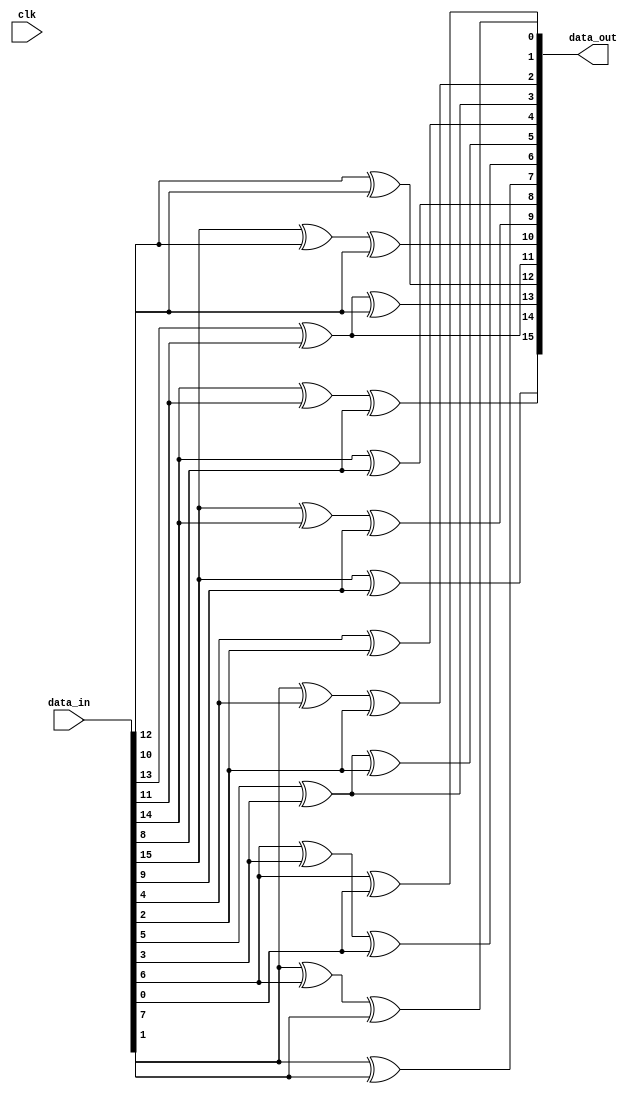
`timescale 1ns / 1ps
//////////////////////////////////////////////////////////////////////////////////
// Company: 
// Engineer: 
// 
// Design Name: 
// Module Name:    mixcolumn_2 
// Project Name: 
// Target Devices: 
// Tool versions: 
// Description: 
//
// Dependencies: 
//
// Revision: 
// Revision 0.01 - File Created
// Additional Comments: 
//
//////////////////////////////////////////////////////////////////////////////////
module mixcolumn_2(clk,data_in,data_out);
input clk;
input [15:0] data_in;
output [15:0] data_out;

wire [3:0] s0,s1,s2,s3;
wire [7:0] b,c;
//wire [3:0] tmp1,tmp2,tmp3,tmp4;

/*
assign tmp1 = data_in[15:12];
assign tmp2 = data_in[11:8];
assign tmp3 = data_in[7:4];
assign tmp4 = data_in[3:0];
*/

assign b = data_in[15:8];
assign c = data_in[7:0];

assign s0 = {b[7]^b[1],b[6]^b[3]^b[0],b[5]^b[3]^b[2],b[4]^b[2]};
assign s1 = {b[5]^b[3],b[7]^b[4]^b[2],b[7]^b[6]^b[1],b[6]^b[0]};
assign s2 = {c[7]^c[1],c[6]^c[3]^c[0],c[5]^c[3]^c[2],c[4]^c[2]};
assign s3 = {c[5]^c[3],c[7]^c[4]^c[2],c[7]^c[6]^c[1],c[6]^c[0]};

assign data_out = {s0,s1,s2,s3};
endmodule
/*
mul_4 m1 (clk,tmp1,m4_tmp_out1);
mul_4 m2 (clk,tmp2,m4_tmp_out2);
mul_4 m3 (clk,tmp3,m4_tmp_out3);
mul_4 m4 (clk,tmp4,m4_tmp_out4);

assign s0 = tmp1 ^ m4_tmp_out3;
assign s1 = tmp2 ^ m4_tmp_out4;
assign s2 = m4_tmp_out1 ^ tmp3;
assign s3 = m4_tmp_out2 ^ tmp4;

assign data_out = {s0,s1,s2,s3};
endmodule

module mul_4(clk, data_in, data_out);
  input clk;
  input [3:0] data_in;
  output reg [3:0] data_out;
  reg[3:0] temp;

  always @(posedge clk) begin
    temp = {data_in[2:0], 1'b0};
	 
    if (data_in[3] == 1'b1) begin
      temp = temp ^ 4'b0011;
    end

    data_out = {temp[2:0], 1'b0};

    if (temp[3] == 1'b1) begin
      data_out = data_out ^ 4'b0011;
    end
  end
endmodule
*/